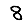
Digit: 8